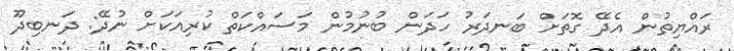
ރައްޔިތުން އެދޭ ގޮތަށް ބަނދަރު ހަދަން ބުނުމުން މަސައްކަތް ކުރިއަކަށް ނުދޭ: ދަނބިދޫ